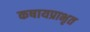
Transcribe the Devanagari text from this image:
कषायप्राभृत